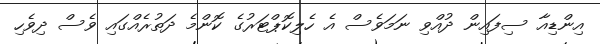
އިންޑިއާ ސިފައިން ދުއްވި ނަމަވެސް އެ ހެލިކޮޕްޓަރުގެ ކޮންމެ ދަތުރެއްގައި ވެސް ދިވެހި